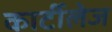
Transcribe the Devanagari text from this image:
कार्टीलेज